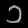
Digit: ၁